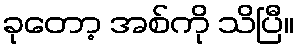
ခုတော့ အစ်ကို သိပြီ။